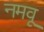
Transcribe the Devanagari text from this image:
नमवू